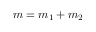
m = m _ { 1 } + m _ { 2 }